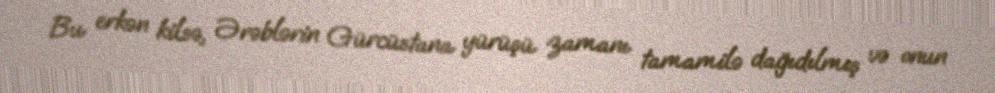
Bu erkən kilsə, Ərəblərin Gürcüstana yürüşü zamanı tamamilə dağıdılmış və onun